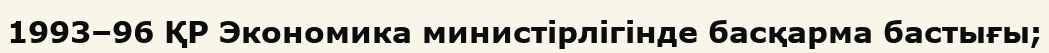
1993–96 ҚР Экономика министірлігінде басқарма бастығы;